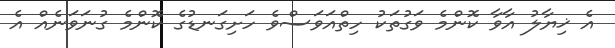
އެ ޚިޔާލު އާވާ ކޮންމެ ވަގުތަކު ހިތްއަވަސްވެ ހަށިގަނޑުގެ ކޮންމެ ގުނަވަނެއް އެ